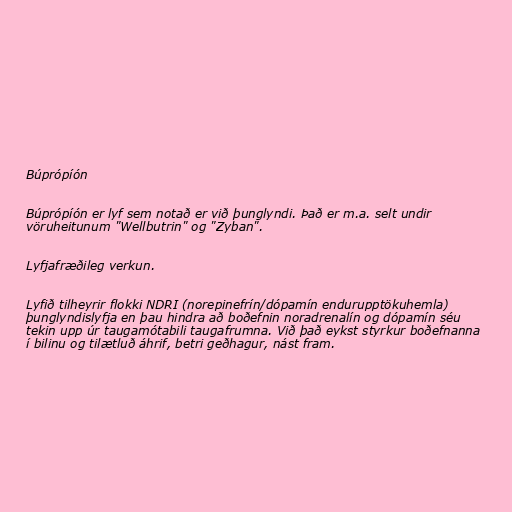
Búprópíón

Búprópíón er lyf sem notað er við þunglyndi. Það er m.a. selt undir
vöruheitunum "Wellbutrin" og "Zyban".

Lyfjafræðileg verkun.

Lyfið tilheyrir flokki NDRI (norepinefrín/dópamín endurupptökuhemla)
þunglyndislyfja en þau hindra að boðefnin noradrenalín og dópamín séu
tekin upp úr taugamótabili taugafrumna. Við það eykst styrkur boðefnanna
í bilinu og tilætluð áhrif, betri geðhagur, nást fram.